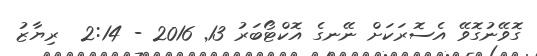
ގޮވޭނުގޮވޭ އެސޮރަކަށް ނޭނގެ އޮކްޓޯބަރު 13